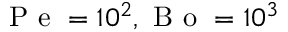
\mathrm { ~ P ~ e ~ } = 1 0 ^ { 2 } , \mathrm { ~ B ~ o ~ } = 1 0 ^ { 3 }